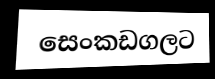
සෙංකඩගලට